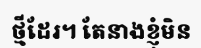
ថ្មីដែរ។ តែនាងខ្ញុំមិន